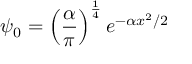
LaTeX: \psi _ { 0 } = \left( { \frac { \alpha } { \pi } } \right) ^ { \frac { 1 } { 4 } } e ^ { - \alpha x ^ { 2 } / 2 }